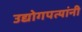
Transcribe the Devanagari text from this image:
उद्योगपत्यांनी